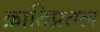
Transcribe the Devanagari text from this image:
क्रांतिप्रतल